Account of plague administration in the Bombay Presidency from September 1896 till May 1897
Year: 1896
Disease focus: Plague
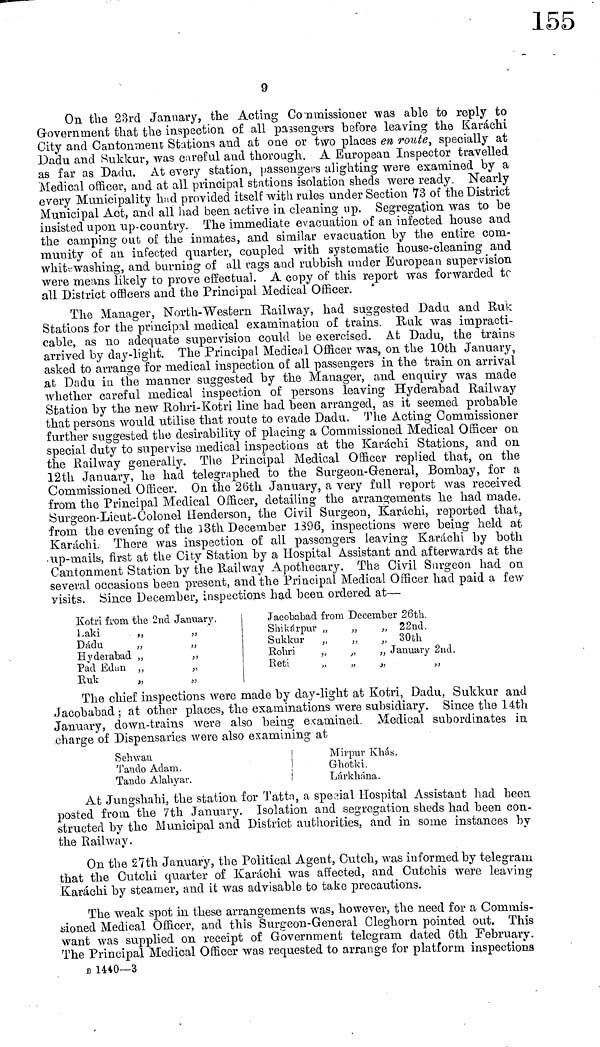
9
On the 23rd January, the Acting Commissioner was able to reply to
Government that the inspection of all passengers before leaving the Karachi
City and Cantonment Stations and at one or two places en route, specially at
Dadu and Sukkur, was careful and thorough. A European Inspector travelled
as far as Dadu. At every station, passengers alighting were examined by a
Medical officer, and at all principal stations isolation sheds were ready. Nearly
every Municipality had provided itself with rules under Section 73 of the District
Municipal Act, and all had been active in cleaning up. Segregation was to be
insisted upon up-country. The immediate evacuation of an infected house and
the camping out of the inmates, and similar evacuation by the entire com-
munity of an infected quarter, coupled with systematic house-cleaning and
whitewashing, and burning of all rags and rubbish under European supervision
were means likely to prove effectual. A copy of this report was forwarded to
all District officers and the Principal Medical Officer.
The Manager, North-Western Railway, had suggested Dadu and Ruk
Stations for the principal medical examination of trains. Ruk was impracti-
cable, as no adequate supervision could be exercised. At Dadu, the trains
arrived by day-light. The Principal Medical Officer was, on the 10th January,
asked to arrange for medical inspection of all passengers in the train on arrival
at Dadu in the manner suggested by the Manager, and enquiry was made
whether careful medical inspection of persons leaving Hyderabad Railway
Station by the new Rohri-Kotri line had been arranged, as it seemed probable
that persons would utilise that route to evade Dadu. The Acting Commissioner
further suggested the desirability of placing a Commissioned Medical Officer on
special duty to supervise medical inspections at the Karachi Stations, and on
the Railway generally. The Principal Medical Officer replied that, on the
12th January, he had telegraphed to the Surgeon-General, Bombay, for a
Commissioned Officer. On the 26th January, a very full report was received
from the Principal Medical Officer, detailing the arrangements he had made.
Surgeon-Lieut-Colonel Henderson, the Civil Surgeon, Karachi, reported that,
from the evening of the l3th December 1396, inspections were being held at
Karachi. There was inspection of all passengers leaving Karachi by both
up-mails, first at the City Station by a Hospital Assistant and afterwards at the
Cantonment Station by the Railway Apothecary. The Civil Surgeon had on
several occasions been present, and the Principal Medical Officer had paid a few
visits. Since December, inspections had been ordered at—
Kotri from the 2nd January.
Laki " "
Dadu " "
Hyderabad " "
Pad Edan " "
Ruk " "
Jacobabad from December 26th.
Shikárpur "
"
"
22nd.
Sukkur
"
"
" 30th
Rohri
"
"
" January 2nd.
Reti
"
"
"
"
The chief inspections were made by day-light at Kotri, Dadu, Sukkur and
Jacobabad ; at other places, the examinations were subsidiary. Since the 14th
January, down-trains were also being examined. Medical subordinates in
charge of Dispensaries were also examining at
S eh wan
Tando Adam.
Tando Alahyar.
Mirpur Khás.
Ghotki.
Lárkhána.
At Jungshahi, the station for Tatta, a special Hospital Assistant had been,
posted from the 7th January. Isolation and segregation sheds had been con-
structed by the Municipal and District authorities, and in some instances by
the Railway.
On the 27th January, the Political Agent, Cutch, was informed by telegram
that the Cutchi quarter of Karachi was affected, and Cutchis were leaving
Karachi by steamer, and it was advisable to take precautions.
The weak spot in these arrangements was, however, the need for a Commis-
sioned Medical Officer, and this Surgeon-General Cleghorn pointed out. This
want was supplied on receipt of Government telegram dated 6th February.
The Principal Medical Officer was requested to arrange for platform inspections
B 1440—3